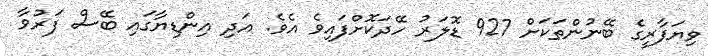
ވިޔަފާރީގެ ބޭނުންތަކަށް 927 ޑޮލަރު ހޭދަކޮށްފައިވެ އެވެ. އަދި އިންޑިޔާގައި ބޭސް ފަރުވާ